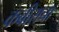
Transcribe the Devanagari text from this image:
कबीराचा